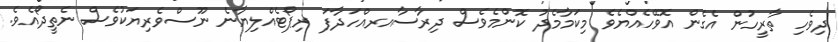
ދިވެހި ތާރީހުން އެގެން އޮވޭހެއްޔެވެ މިކަމާމެދު ކޮންމެވެސް ދިރާސާއރއްހަދާފަ ރިޕޯޓެއްލިޔާނެ ނޫސްވެރިޔަކުވެސް ނެތީދޯއެވެ.